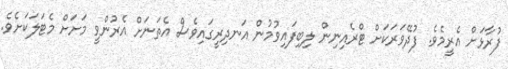
ފުރާޅަށް އެރީމެވެ. ފުދޭވަރަކަށް ޓްރެއިނިން ލިބިފައިވުމުން އަނދިރީގައިވެސް އެތަނަށް އެރުންވީ މަށަށް މެޓަލަކަށެވެ.